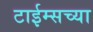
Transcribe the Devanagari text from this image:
टाईम्सच्या